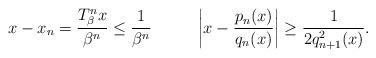
LaTeX: \begin{align*}x - x_n =\frac{T_{\beta}^nx}{\beta^n} \leq \frac{1}{\beta^n}\ \ \ \ \ \ \ \ \left|x -\frac{p_n(x)}{q_n(x)}\right| \geq \frac{1}{2q_{n+1}^{2}(x)}.\end{align*}